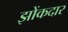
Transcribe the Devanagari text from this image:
झोंकदार